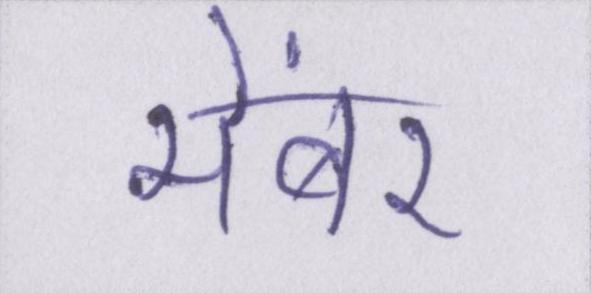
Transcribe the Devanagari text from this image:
मेंबर